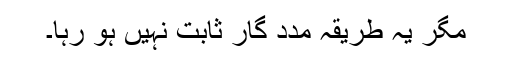
مگر یہ طریقہ مدد گار ثابت نہیں ہو رہا۔